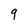
Character: 9